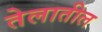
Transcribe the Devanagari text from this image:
तेलातील